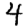
Digit: 4